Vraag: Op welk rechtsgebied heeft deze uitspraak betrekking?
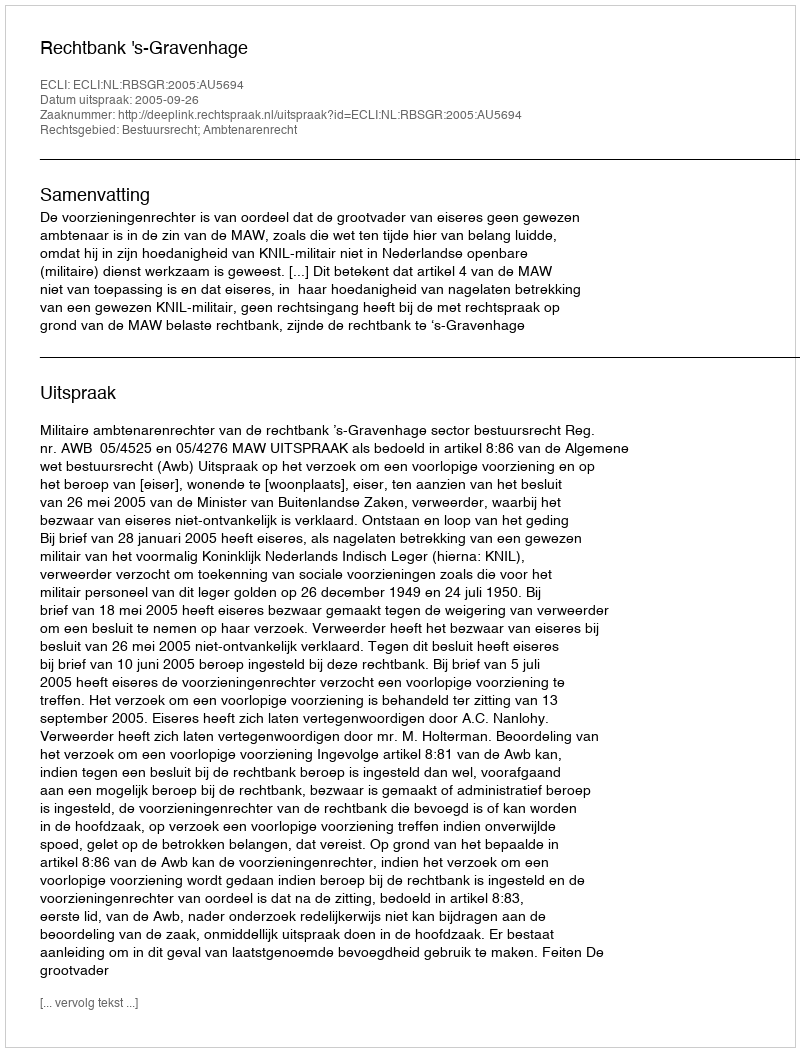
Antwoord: Bestuursrecht; Ambtenarenrecht